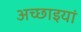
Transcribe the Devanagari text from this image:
अच्छाइयां